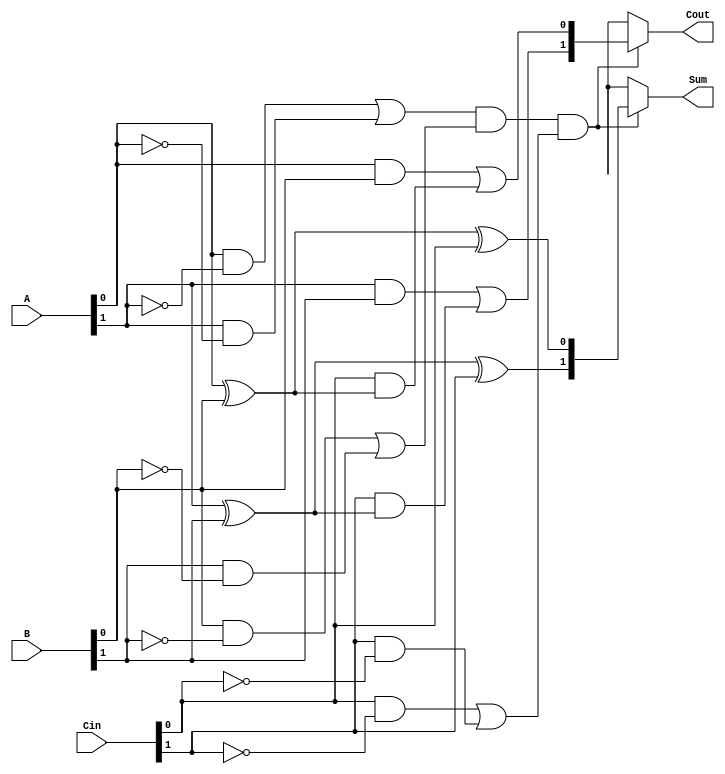
module dual_rail_full_adder (
    input [1:0] A,      // Dual-rail inputs for A
    input [1:0] B,      // Dual-rail inputs for B
    input [1:0] Cin,    // Dual-rail carry-in
    output reg [1:0] Sum, // Dual-rail sum output
    output reg [1:0] Cout // Dual-rail carry output
);

// Validity check signals
wire valid_A = (A[0] & ~A[1]) | (A[1] & ~A[0]);
wire valid_B = (B[0] & ~B[1]) | (B[1] & ~B[0]);
wire valid_Cin = (Cin[0] & ~Cin[1]) | (Cin[1] & ~Cin[0]);
wire valid_inputs = valid_A & valid_B & valid_Cin;

// Internal sum and carry signals
wire S1, S0; // Intermediate signals for sum calculation
wire C1, C0; // Intermediate signals for carry calculation

// Calculate Sum: S = A  B  Cin
assign S1 = (A[1] ^ B[1]) ^ Cin[1];
assign S0 = (A[0] ^ B[0]) ^ Cin[0];

// Calculate Carry: Cout = (A AND B) OR (Cin AND (A XOR B))
assign C1 = (A[1] & B[1]) | (Cin[1] & (A[1] ^ B[1]));
assign C0 = (A[0] & B[0]) | (Cin[0] & (A[0] ^ B[0]));

// Output Assignments with validity check
always @(*) begin
    if (valid_inputs) begin
        Sum = {S1, S0};
        Cout = {C1, C0};
    end else begin
        Sum = 2'bxx; // Invalid output
        Cout = 2'bxx; // Invalid output
    end
end

endmodule